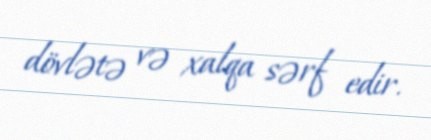
dövlətə və xalqa sərf edir.